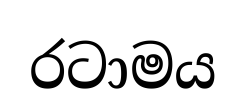
රටාමය